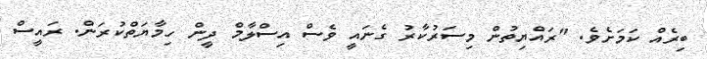
ބިރެއް ކަމަށެވެ. "ރައްޔިތުން މިސަރުކާރު ގެނައީ ވެސް އިސްލާމް ދީން ހިމާޔަތްކުރަން. ރައީސް